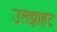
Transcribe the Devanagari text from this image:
उलझाहट